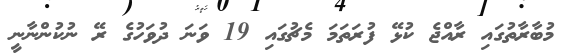
މުބާރާތުގައި ރާއްޖެ ކުޅޭ ފުރަތަމަ މެޗުގައި 19 ވަނަ ދުވަހުގެ ރޭ ނުކުންނާނީ